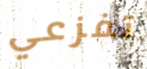
تفزعي